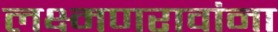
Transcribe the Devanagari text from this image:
लक्ष्मणरावांना